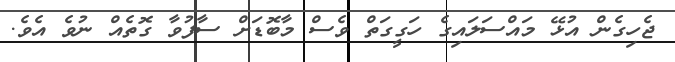
ޖެހިގެން އުޅޭ މައްސަލައިގެ ހަގީގަތް ވެސް މާބޮޑަށް ސާފުވާ ގޮތެއް ނުވެ އެވެ.